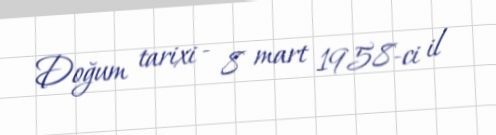
Doğum tarixi - 8 mart 1958-ci il